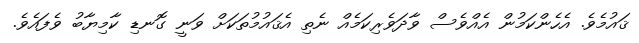
ޤައުމެވެ. އެހެންކަމުން އެއްވެސް ވާދަވެރިކަމެއް ނެތި އެޤައުމުތަކަށް ވަނީ ގޮނޑި ކާމިޔާބު ވެފައެވެ.